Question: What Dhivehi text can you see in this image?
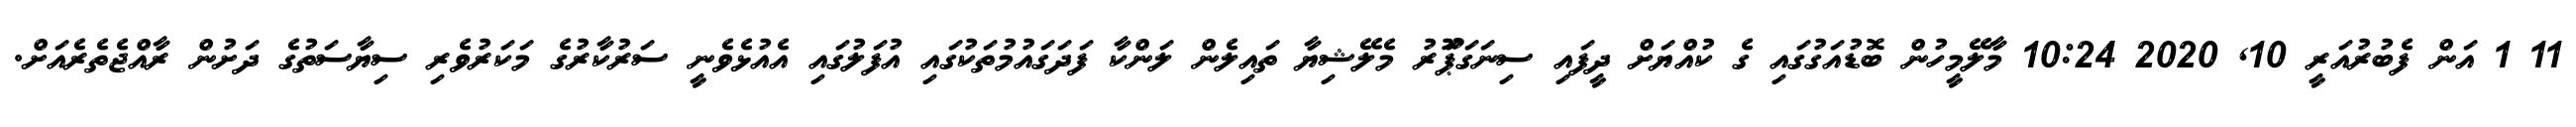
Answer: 11 1 އަން ފެބުރުއަރީ 10, 2020 10:24 މާލޭމީހުން ބޮޑުއަގުގައި ގެ ކުއްޔަށް ދީފައި ސިނަގަޕަޫރު މެލޭޝިޔާ ތައިލެން ލަންކާ ފަދަގައުމުތަކުގައި އުފަލުގައި އެއުޅެވެނީ ސަރުކާރުގެ މަކަރުވެރި ސިޔާސަތުގެ ދަށުން ރާއްޖެތެރެއަށް.